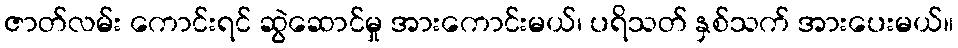
ဇာတ်လမ်း ကောင်းရင် ဆွဲဆောင်မှု အားကောင်းမယ်၊ ပရိသတ် နှစ်သက် အားပေးမယ်။